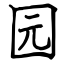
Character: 园